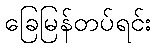
ခြေမြန်တပ်ရင်း